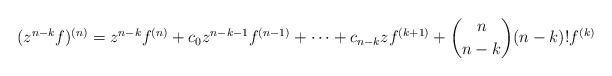
LaTeX: \begin{align*}(z^{n-k}f)^{(n)}=z^{n-k}f^{(n)}+c_0z^{n-k-1}f^{(n-1)}+\cdots + c_{n-k}zf^{(k+1)}+ {n\choose n-k}(n-k)!f^{(k)}\end{align*}